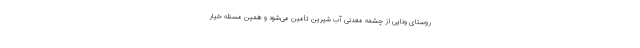
روستای ونایی از چشمه معدنی آب شیرین تأمین می‌شود و همین مسئله خیار